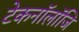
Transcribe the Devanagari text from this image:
टेकनॉलॉजि